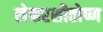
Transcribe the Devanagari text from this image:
लेकरशीतोष्ण